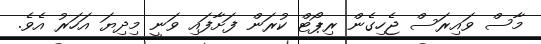
މާސް ވައިރަސް ޖެހިގެން ރިޕޯޓް ކުރަން ފަށާފައި ވަނީ މިދިޔަ އަހަރު އެވެ.